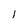
Character: 1